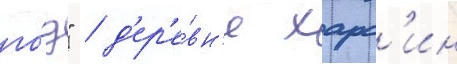
го́д" / д'ер'е́вн'я харс'ин